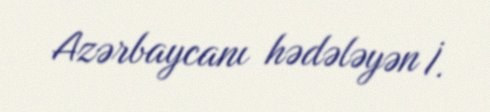
Azərbaycanı hədələyən İ.